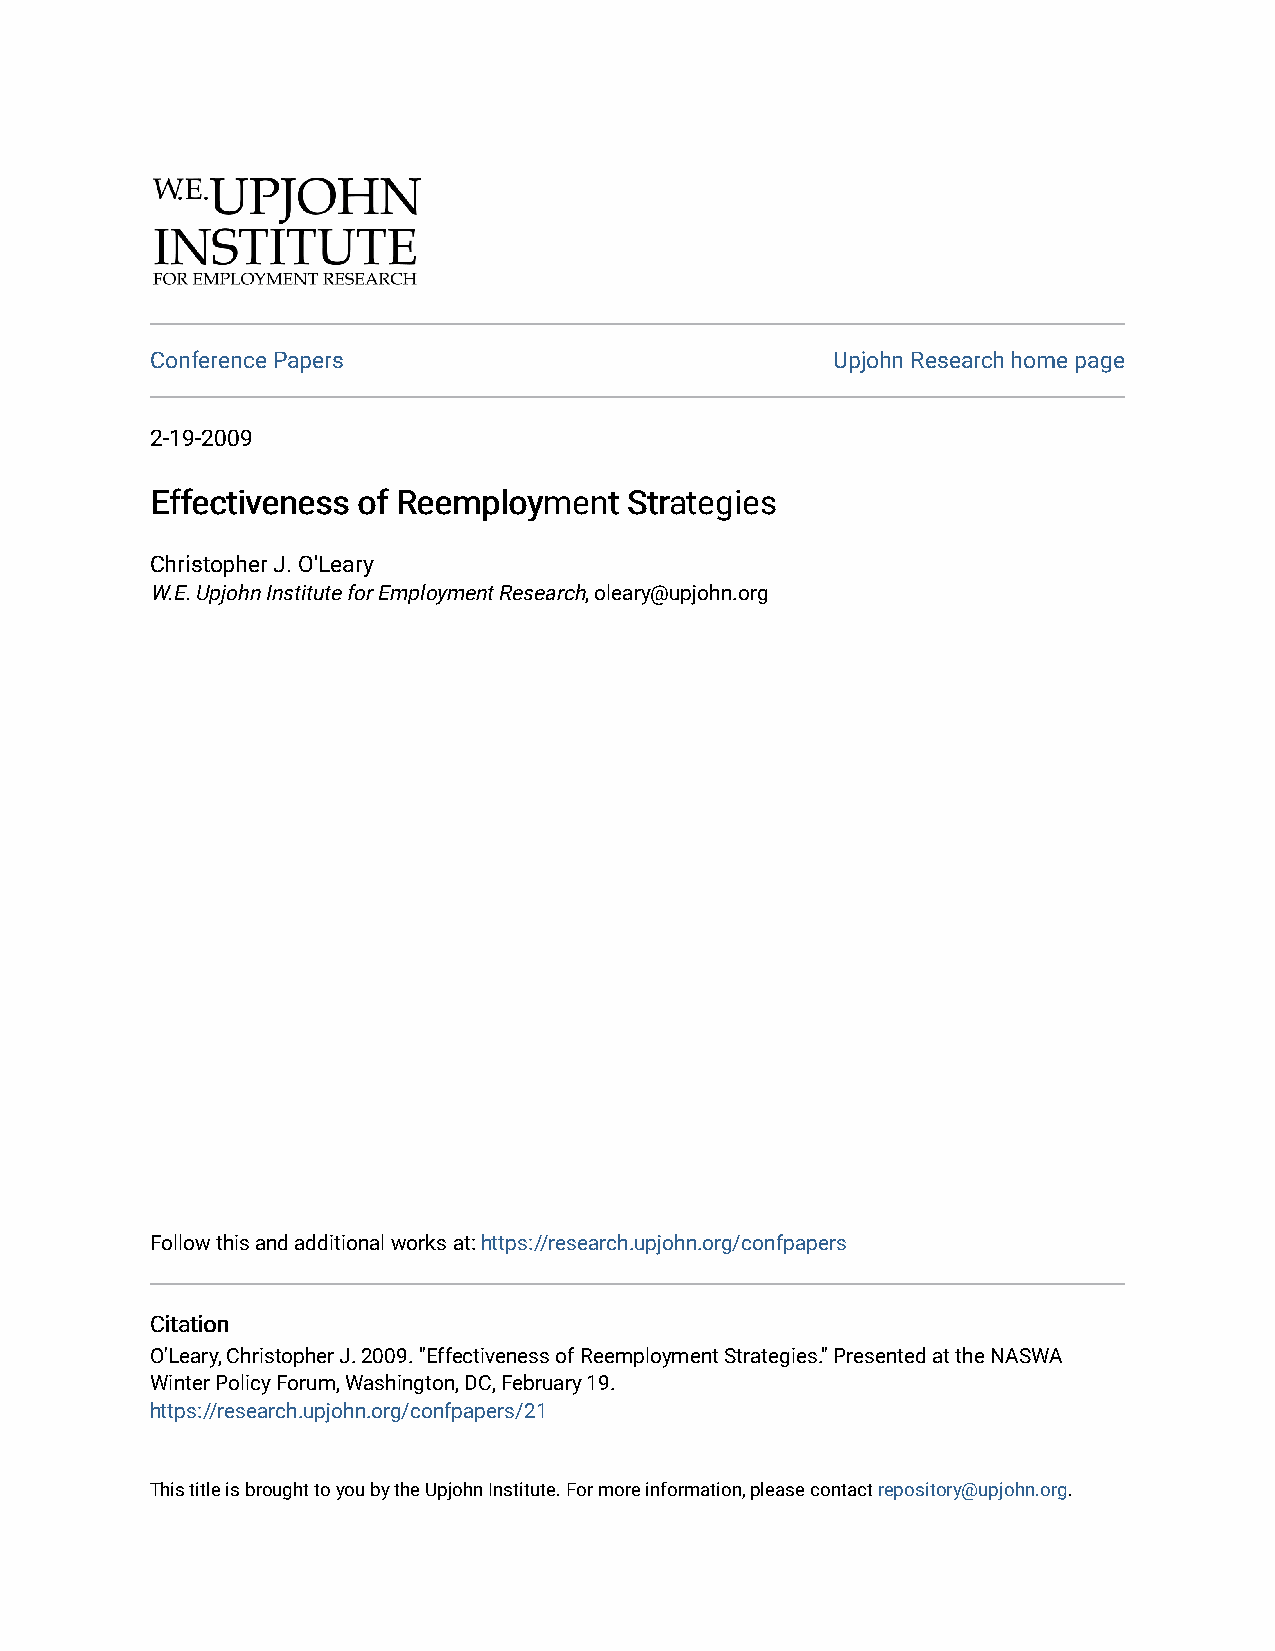
Conference Papers                            Upjohn Research home page
 2-19-2009
 EEffffeeccttiivveenneessss ooff RReeeemmppllooyymmeenntt SSttrraatteeggiieess
 Christopher J. O'Leary
 W.E. Upjohn Institute for Employment Research, oleary@upjohn.org
 Follow this and additional works at: https://research.upjohn.org/confpapers
 CCiittaattiioonn
 O'Leary, Christopher J. 2009. "Effectiveness of Reemployment Strategies." Presented at the NASWA
 Winter Policy Forum, Washington, DC, February 19.
 https://research.upjohn.org/confpapers/21
 This title is brought to you by the Upjohn Institute. For more information, please contact repository@upjohn.org.